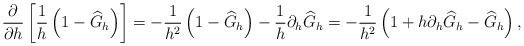
LaTeX: \begin{align*} \frac{\partial}{\partial h} \left[\frac1h \left(1-\widehat G_h\right)\right] =- \frac1{h^2} \left(1-\widehat G_h\right) - \frac1h \partial_h \widehat G_h = -\frac1{h^2} \left( 1+ h\partial_h \widehat G_h - \widehat G_h \right), \end{align*}